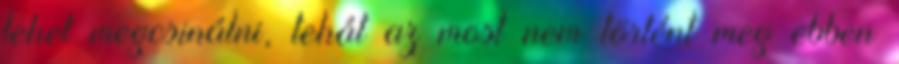
lehet megcsinálni, tehát az most nem történt meg ebben